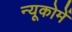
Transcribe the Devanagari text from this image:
न्यूकोमें